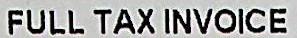
FULL TAX INVOICE